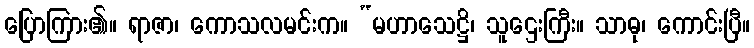
ပြောကြား၏။ ရာဇာ၊ ကောသလမင်းက။ “မဟာသေဋ္ဌိ၊ သူဌေးကြီး။ သာဓု၊ ကောင်းပြီ။